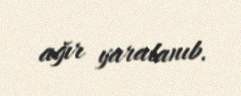
ağır yaralanıb.